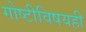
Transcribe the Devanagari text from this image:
गोष्टीविषयही